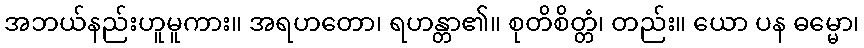
အဘယ်နည်းဟူမူကား။ အရဟတော၊ ရဟန္တာ၏။ စုတိစိတ္တံ၊ တည်း။ ယော ပန ဓမ္မော၊